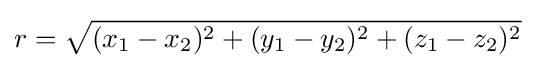
r={\sqrt {(x_{1}-x_{2})^{2}+(y_{1}-y_{2})^{2}+(z_{1}-z_{2})^{2}}}